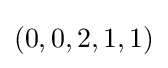
(0,0,2,1,1)